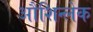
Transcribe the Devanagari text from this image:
औशिन्लेक